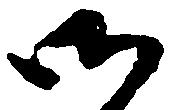
御